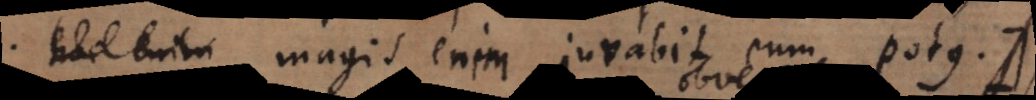
magis enim juvabit eum potus:),